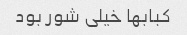
کبابها خیلی شور بود